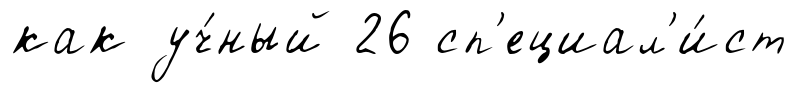
как уч́ный 26 сп'ециал'и́ст